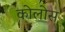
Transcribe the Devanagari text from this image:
कोलोस